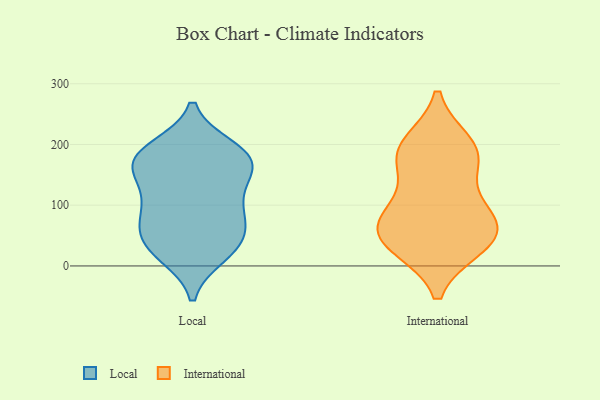
{"axis": {"x": "Churn Rate (%)", "y": "Value"}, "legend": ["International", "Local"], "data": [{"x": "", "y": 69, "type": "Local"}, {"x": "", "y": 177, "type": "Local"}, {"x": "", "y": 186, "type": "Local"}, {"x": "", "y": 37, "type": "Local"}, {"x": "", "y": 144, "type": "Local"}, {"x": "", "y": 163, "type": "Local"}, {"x": "", "y": 121, "type": "Local"}, {"x": "", "y": 82, "type": "Local"}, {"x": "", "y": 189, "type": "Local"}, {"x": "", "y": 89, "type": "Local"}, {"x": "", "y": 50, "type": "Local"}, {"x": "", "y": 19, "type": "Local"}, {"x": "", "y": 18, "type": "Local"}, {"x": "", "y": 167, "type": "Local"}, {"x": "", "y": 165, "type": "Local"}, {"x": "", "y": 41, "type": "Local"}, {"x": "", "y": 103, "type": "Local"}, {"x": "", "y": 194, "type": "Local"}, {"x": "", "y": 48, "type": "International"}, {"x": "", "y": 93, "type": "International"}, {"x": "", "y": 95, "type": "International"}, {"x": "", "y": 33, "type": "International"}, {"x": "", "y": 66, "type": "International"}, {"x": "", "y": 34, "type": "International"}, {"x": "", "y": 174, "type": "International"}, {"x": "", "y": 177, "type": "International"}, {"x": "", "y": 192, "type": "International"}, {"x": "", "y": 57, "type": "International"}, {"x": "", "y": 200, "type": "International"}]}